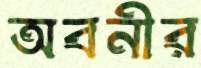
অবনীর